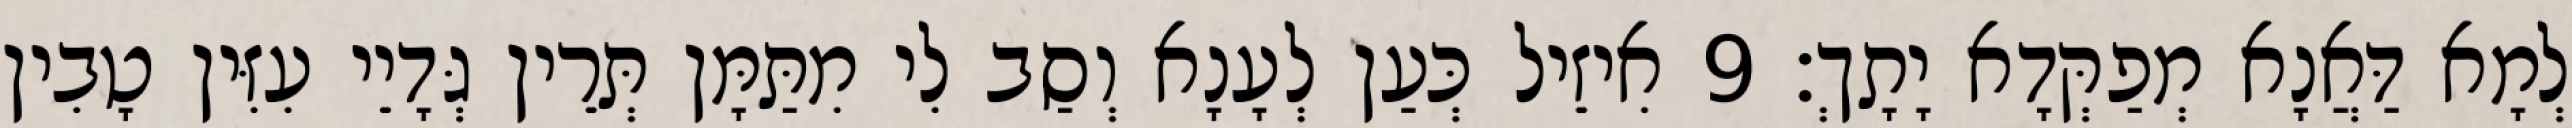
לְמָא דַּאֲנָא מְפַקְּדָא יָתָךְ׃ 9 אִיזֵיל כְּעַן לְעָנָא וְסַב לִי מִתַּמָּן תְּרֵין גְּדָיֵי עִזִּין טָבִין